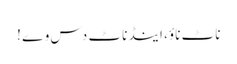
ناٹ ناؤ، اینڈ ناٹ دس وے !